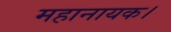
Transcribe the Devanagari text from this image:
महानायक।